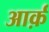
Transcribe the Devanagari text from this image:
आर्क़